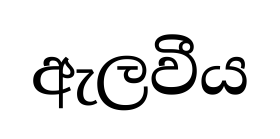
ඇලවීය